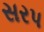
સરપ